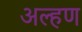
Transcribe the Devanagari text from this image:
अल्हण